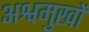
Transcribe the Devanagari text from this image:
अश्वमुखों